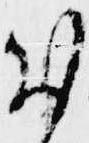
お